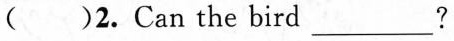
()2. Can the bird ___ ?